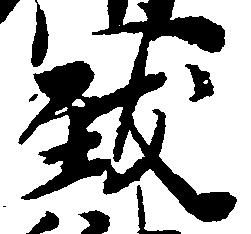
致